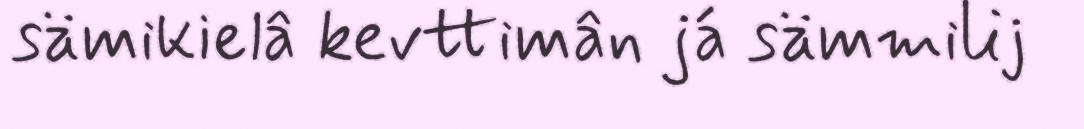
sämikielâ kevttimân já sämmilij